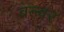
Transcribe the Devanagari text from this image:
बल्वर